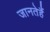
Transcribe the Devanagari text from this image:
जानतेहैं